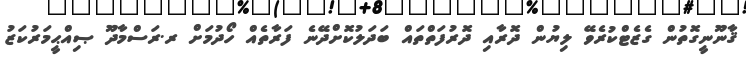
ޤާނޫނީގޮތުން ގެޒެޓްކުރެވޭ ލިޔުން ދޮރާއި ދޮރުފަތްތައް ބަދަލުކޮށްދޭނެ ފަރާތެއް ހޯދުމަށް ރ.ރަސްމާދޫ ޞިއްޙީމަރުކަޒު